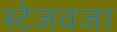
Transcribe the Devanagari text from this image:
स्टेजवजा